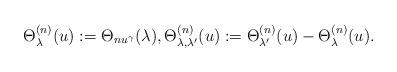
LaTeX: \begin{align*}\Theta^{(n)}_{\lambda}(u):=\Theta_{nu^{\gamma}}(\lambda), \Theta^{(n)}_{\lambda, \lambda'}(u):=\Theta^{(n)}_{\lambda'}(u) - \Theta^{(n)}_{\lambda}(u).\end{align*}